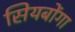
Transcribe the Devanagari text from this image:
सियबोंगा